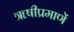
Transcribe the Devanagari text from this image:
ॠषीप्रमाणें